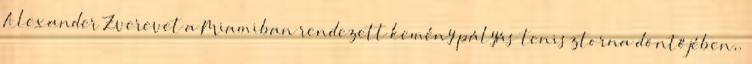
Alexander Zverevet a Miamiban rendezett kemény pályás tenisztorna döntőjében,.